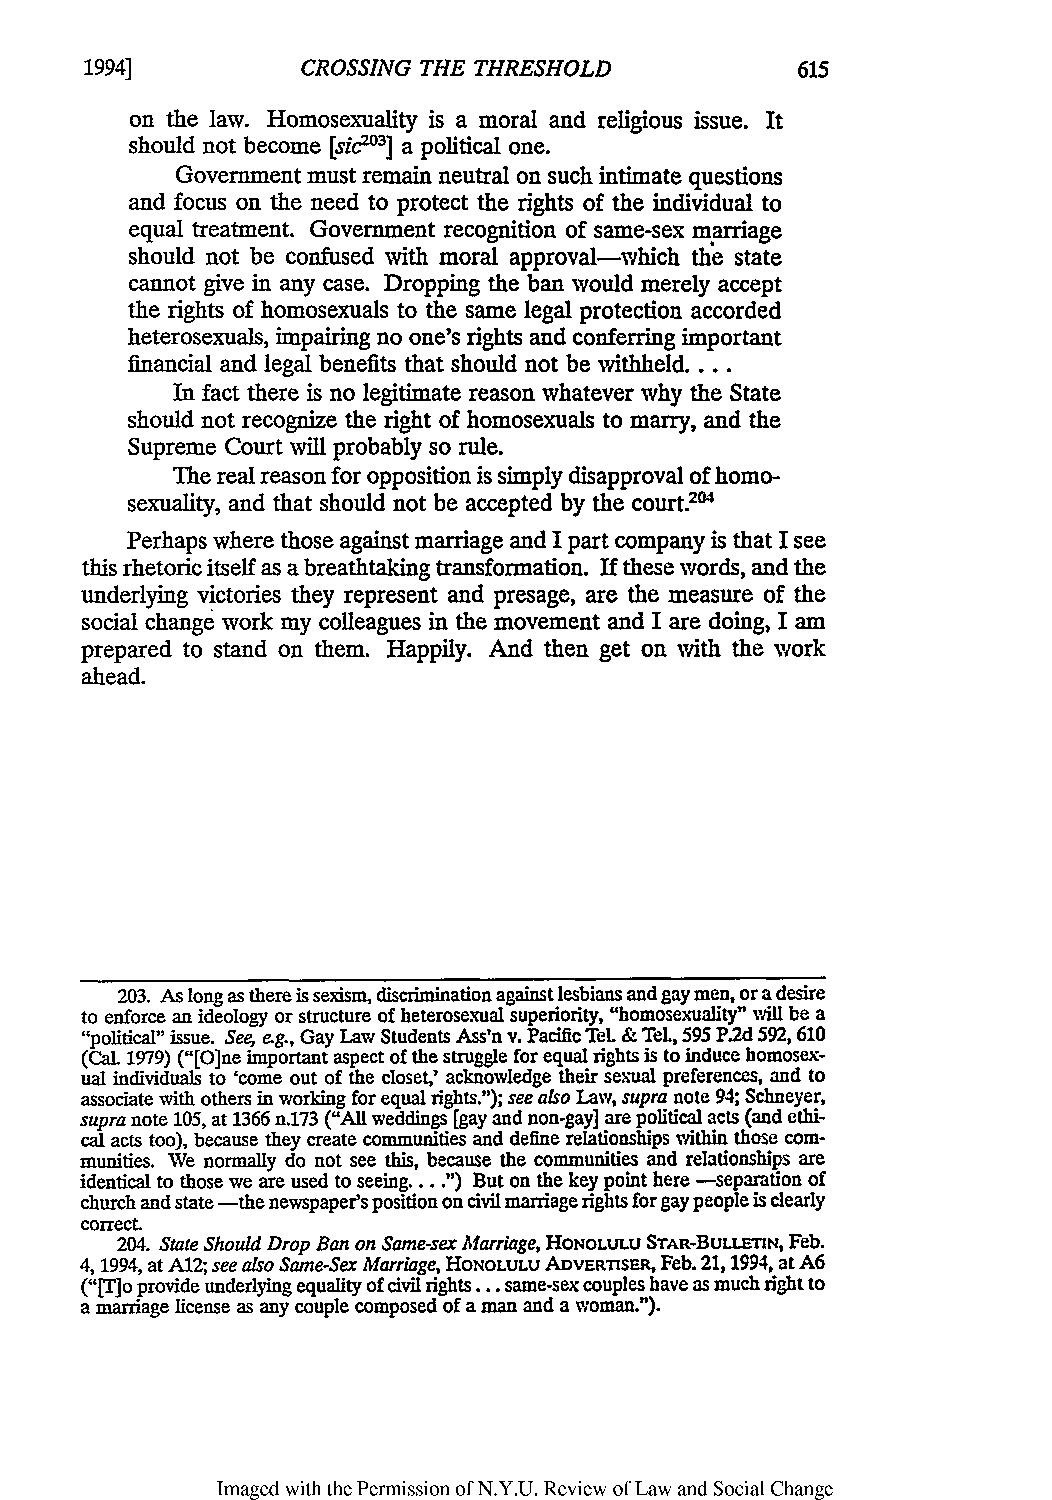
1994]         CROSSING THE THRESHOLD
 on the law. Homosexuality is a moral and religious issue. It
 should not become [sic62°3] a political one.
 Government must remain neutral on such intimate questions
 and focus on the need to protect the rights of the individual to
 equal treatment. Government recognition of same-sex marriage
 should not be confused with moral approval-which the state
 cannot give in any case. Dropping the ban would merely accept
 the rights of homosexuals to the same legal protection accorded
 heterosexuals, impairing no one's rights and conferring important
 financial and legal benefits that should not be withheld....
 In fact there is no legitimate reason whatever why the State
 should not recognize the right of homosexuals to marry, and the
 Supreme Court will probably so rule.
 The real reason for opposition is simply disapproval of homo-
 sexuality, and that should not be accepted by the court.3°
 Perhaps where those against marriage and I part company is that I see
 this rhetoric itself as a breathtaking transformation. If these words, and the
 underlying victories they represent and presage, are the measure of the
 social change work my colleagues in the movement and I are doing, I am
 prepared to stand on them. Happily. And then get on with the work
 ahead.
 203. As long as there is sexism, discrimination against lesbians and gay men, or a desire
 to enforce an ideology or structure of heterosexual superiority, "homosexuality" will be a
 "political" issue. See, e.g., Gay Law Students Ass'n v. Pacific TeL & TeL, 595 P.2d 592, 610
 (Cal. 1979) ("[O]ne important aspect of the struggle for equal rights is to induce homosex-
 ual individuals to 'come out of the closet,' acknowledge their sexual preferences, and to
 associate with others in working for equal rights."); see also Law, supra note 94; Schneyer,
 supra note 105, at 1366 n.173 ("All weddings [gay and non-gay] are political acts (and ethi-
 cal acts too), because they create communities and define relationships within those com-
 munities. We normally do not see this, because the communities and relationships are
 identical to those we are used to seeing. ... ") But on the key point here -separation of
 church and state -the newspaper's position on civil marriage rights for gay people is clearly
 correct.
 204. State Should Drop Ban on Same-sex Marriage,H ONOLULU STAR-BULL=tN, Feb.
 4, 1994, at A12; see also Same-Sex Marriage,H ONOLULU ADVERIsER, Feb. 21,1994, at A6
 ("[T]o provide underlying equality of civil rights... same-sex couples have as much right to
 a marriage license as any couple composed of a man and a woman.").
 Imaged with the Permission of N.Y.U. Review of Law and Social Change